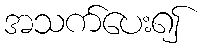
အသက်ပေး၍